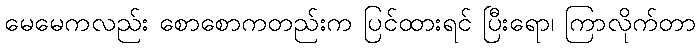
မေမေကလည်း စောစောကတည်းက ပြင်ထားရင် ပြီးရော၊ ကြာလိုက်တာ